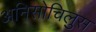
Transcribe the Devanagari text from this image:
अनिसोचिलुस